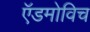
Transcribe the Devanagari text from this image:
ऍडमोविच